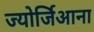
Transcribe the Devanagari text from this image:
ज्योर्जिआना